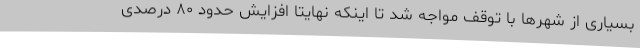
بسیاری از شهرها با توقف مواجه شد تا اینکه نهایتا افزایش حدود ۸۰ درصدی